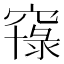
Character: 𱷐